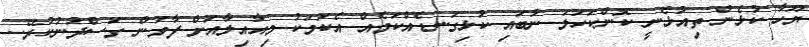
ޔޫހާ ކުޅެން ތިއުޅެނީ ކޮންކަހަލަ ނުބައި ކުޅިގަނޑެއްކަމެއް އެކަމަކު މިއާއިލާއަށް ފާވަން ގަސްދުނުކުރޭ..